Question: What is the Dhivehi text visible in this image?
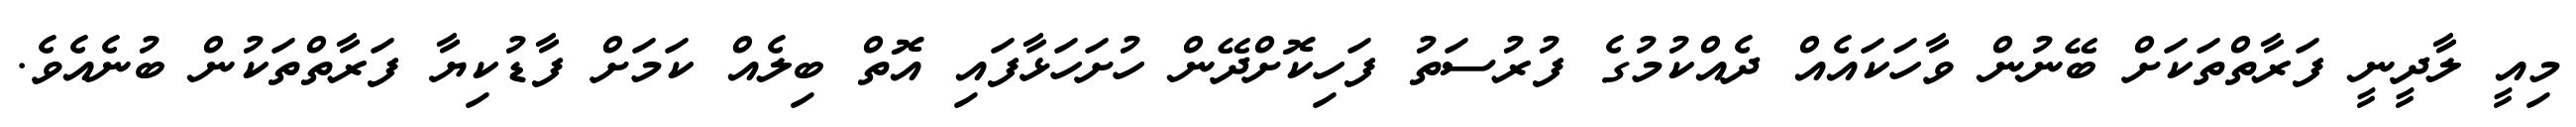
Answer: މިއީ ލާދީނީ ފަރާތްތަކަށް ބޭނުން ވާހަކައެއް ދެއްކުމުގެ ފުރުސަތު ފަހިކޮށްދޭން ހުށަހަޅާފައި އޮތް ބިލެއް ކަމަށް ފާޑުކިޔާ ފަރާތްތަކުން ބުނެއެވެ.